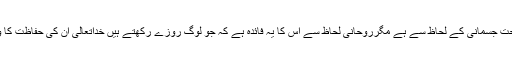
یہ فائدہ تو صحت جسمانی کے لحاظ سے ہے مگرروحانی لحاظ سے اس کا یہ فائدہ ہے کہ جو لوگ روزے رکھتے ہیں خداتعالیٰ ان کی حفاظت کا وعدہ کرتا ہے۔